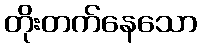
တိုးတက်နေသော